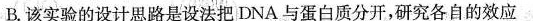
B.该实验的设计思路是设法把DNA与蛋白质分开，研究各自的效应